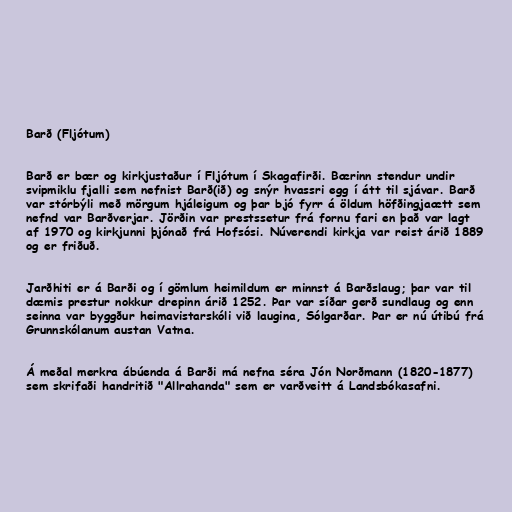
Barð (Fljótum)

Barð er bær og kirkjustaður í Fljótum í Skagafirði. Bærinn stendur undir
svipmiklu fjalli sem nefnist Barð(ið) og snýr hvassri egg í átt til sjávar. Barð
var stórbýli með mörgum hjáleigum og þar bjó fyrr á öldum höfðingjaætt sem
nefnd var Barðverjar. Jörðin var prestssetur frá fornu fari en það var lagt
af 1970 og kirkjunni þjónað frá Hofsósi. Núverendi kirkja var reist árið 1889
og er friðuð.

Jarðhiti er á Barði og í gömlum heimildum er minnst á Barðslaug; þar var til
dæmis prestur nokkur drepinn árið 1252. Þar var síðar gerð sundlaug og enn
seinna var byggður heimavistarskóli við laugina, Sólgarðar. Þar er nú útibú frá
Grunnskólanum austan Vatna.

Á meðal merkra ábúenda á Barði má nefna séra Jón Norðmann (1820-1877)
sem skrifaði handritið "Allrahanda" sem er varðveitt á Landsbókasafni.